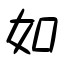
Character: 如